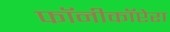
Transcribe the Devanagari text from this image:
फॉनीकॉप्टेरा